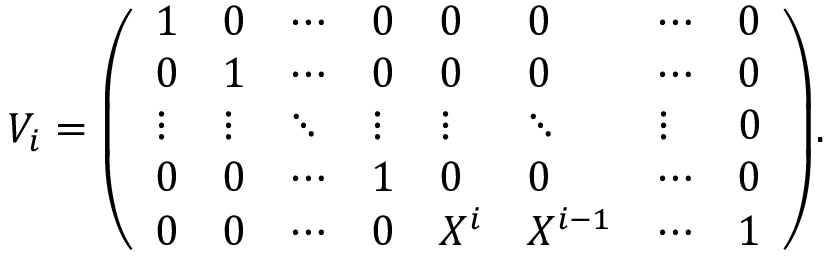
V _ { i } = { \left( \begin{array} { l l l l l l l l } { 1 } & { 0 } & { \cdots } & { 0 } & { 0 } & { 0 } & { \cdots } & { 0 } \\ { 0 } & { 1 } & { \cdots } & { 0 } & { 0 } & { 0 } & { \cdots } & { 0 } \\ { \vdots } & { \vdots } & { \ddots } & { \vdots } & { \vdots } & { \ddots } & { \vdots } & { 0 } \\ { 0 } & { 0 } & { \cdots } & { 1 } & { 0 } & { 0 } & { \cdots } & { 0 } \\ { 0 } & { 0 } & { \cdots } & { 0 } & { X ^ { i } } & { X ^ { i - 1 } } & { \cdots } & { 1 } \end{array} \right) } .